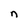
Character: n